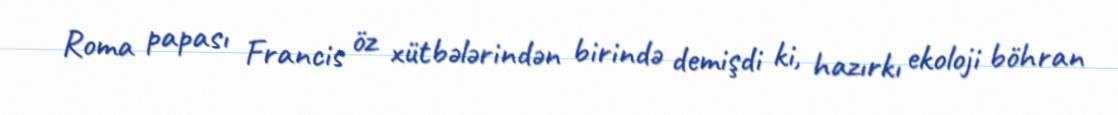
Roma papası Francis öz xütbələrindən birində demişdi ki, hazırkı ekoloji böhran